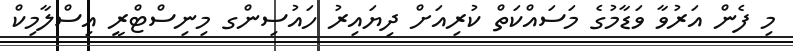
މި ފެން އަރުވާ ވަޑާމުގެ މަސައްކަތް ކުރިއަށް ދިޔައިރު ހައުސިންގ މިނިސްޓްރީ އިސްލާމިކް